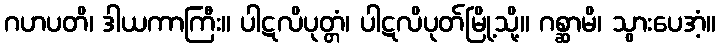
ဂဟပတိ၊ ဒါယကာကြီး။ ပါဋလိပုတ္တံ၊ ပါဋလိပုတ်မြို့သို့။ ဂစ္ဆာမိ၊ သွားပေအံ့။